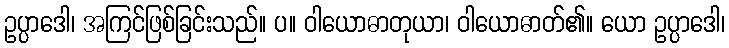
ဥပ္ပာဒေါ၊ အကြင်ဖြစ်ခြင်းသည်။ ပ။ ဝါယောဓာတုယာ၊ ဝါယောဓာတ်၏။ ယော ဥပ္ပာဒေါ၊